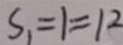
S _ { 1 } = 1 = 1 2